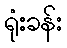
ရုံးခန်း